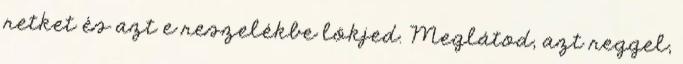
retket és azt e reszelékbe lökjed. Meglátod, azt reggel,